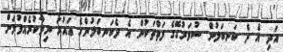
އަދި އެ ދެ ކަނބަލުން ސުވަރުގޭގެ ފަތްތަކުން އެ ދެކަނބަލުންގެ ޢައުރަ ނިވާކުރެއްވުމަށް